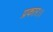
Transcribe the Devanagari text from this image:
प्रकार।।